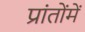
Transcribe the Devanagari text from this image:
प्रांतोंमें